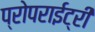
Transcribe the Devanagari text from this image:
प्रोपराईट्री